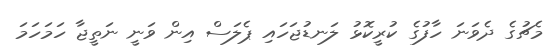
މެޗުގެ ދެވަނަ ހާފުގެ ކުރީކޮޅު ލަނޑުޖަހައި ޕެލަސް އިން ވަނީ ނަތީޖާ ހަމަހަމަ